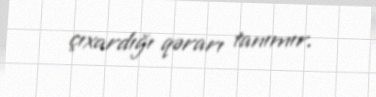
çıxardığı qərarı tanımır.